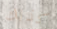
كذلك